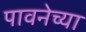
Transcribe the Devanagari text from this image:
पावनेच्या